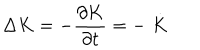
\Delta K = - \frac { \partial K } { \partial t } = - \stackrel { . } { K }